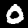
Digit: 0